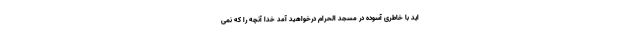
ايد با خاطرى آسوده در مسجد الحرام درخواهيد آمد خدا آنچه را كه نمى